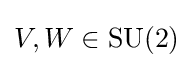
V,W\in \operatorname {SU} (2)